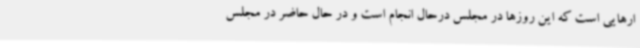
ارهایی است که این روزها در مجلس درحال انجام است و در حال حاضر در مجلس